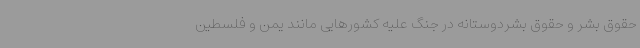
حقوق بشر و حقوق بشردوستانه در جنگ علیه کشورهایی مانند یمن و فلسطین